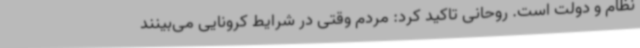
نظام و دولت است. روحانی تاکید کرد: مردم وقتی در شرایط کرونایی می‌بینند